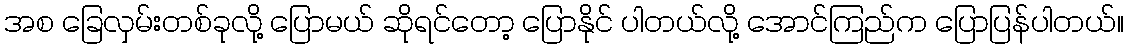
အစ ခြေလှမ်းတစ်ခုလို့ ပြောမယ် ဆိုရင်တော့ ပြောနိုင် ပါတယ်လို့ အောင်ကြည်က ပြောပြန်ပါတယ်။